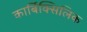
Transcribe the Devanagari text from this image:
कार्बिक्सिलिक